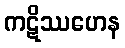
ကဋိဿဟေန